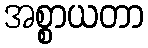
အစ္စာယတာ